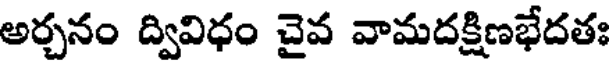
అర్చనం ద్వివిధం చైవ వామదక్షిణభేదతః